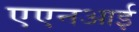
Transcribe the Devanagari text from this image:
एएनआई